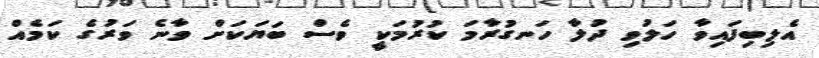
އެލިބިފައިވާ ހަލުވި ދުލާ ހަނގުރާމަ ކުރުމަކީ ވެސް ބަޔަކަށް ވާނެ ވަރުގެ ކަމެއް